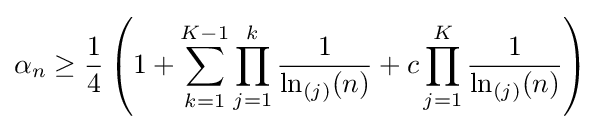
\alpha _{n}\geq {\frac {1}{4}}\left(1+\sum _{k=1}^{K-1}\prod _{j=1}^{k}{\frac {1}{\ln _{(j)}(n)}}+c\prod _{j=1}^{K}{\frac {1}{\ln _{(j)}(n)}}\right)